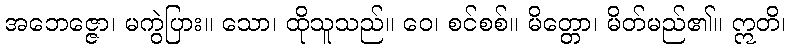
အဘေဇ္ဇော၊ မကွဲပြား။ သော၊ ထိုသူသည်။ ဝေ၊ စင်စစ်။ မိတ္တော၊ မိတ်မည်၏။ ဣတိ၊